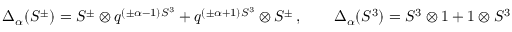
\Delta _ { \alpha } ( S ^ { \pm } ) = S ^ { \pm } \otimes q ^ { ( \pm \alpha - 1 ) S ^ { 3 } } + q ^ { ( \pm \alpha + 1 ) S ^ { 3 } } \otimes S ^ { \pm } \, , \qquad \Delta _ { \alpha } ( S ^ { 3 } ) = S ^ { 3 } \otimes 1 + 1 \otimes S ^ { 3 }